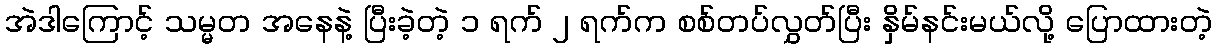
အဲဒါကြောင့် သမ္မတ အနေနဲ့ ပြီးခဲ့တဲ့ ၁ ရက် ၂ ရက်က စစ်တပ်လွှတ်ပြီး နှိမ်နင်းမယ်လို့ ပြောထားတဲ့